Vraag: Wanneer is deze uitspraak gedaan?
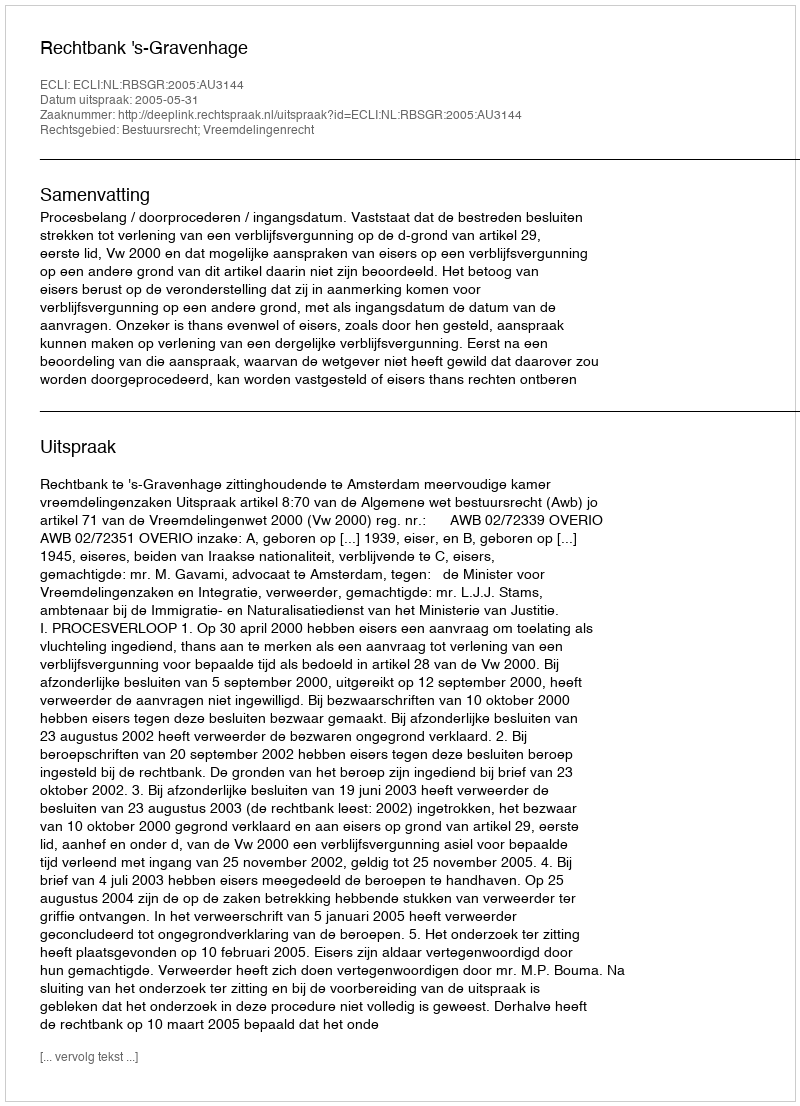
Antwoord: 2005-05-31